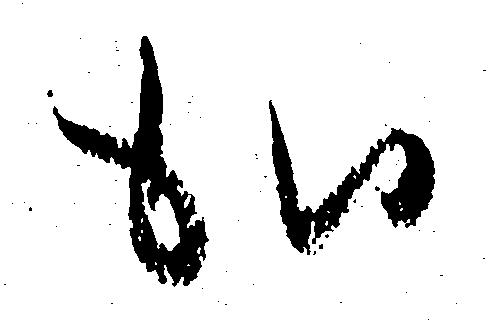
か